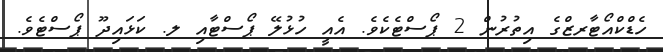
ހެޑްކްއޯޓާރޒްގެ އިތުރުން 2 ޕޯސްޓެކެވެ. އެއީ ހުޅުލޭ ޕޯސްޓާއި ލ. ކަޅައިދޫ ޕޯސްޓެވެ.